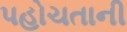
પહોચતાની